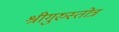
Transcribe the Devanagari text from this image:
श्रीगुरुस्तोत्र